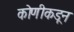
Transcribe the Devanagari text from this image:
कोणीकडून